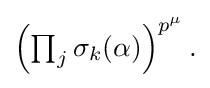
{\textstyle \left(\prod _{j}{\sigma _{k}(\alpha )}\right)^{p^{\mu }}.}